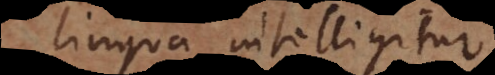
lingua intelligitur.